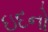
ઇદનો